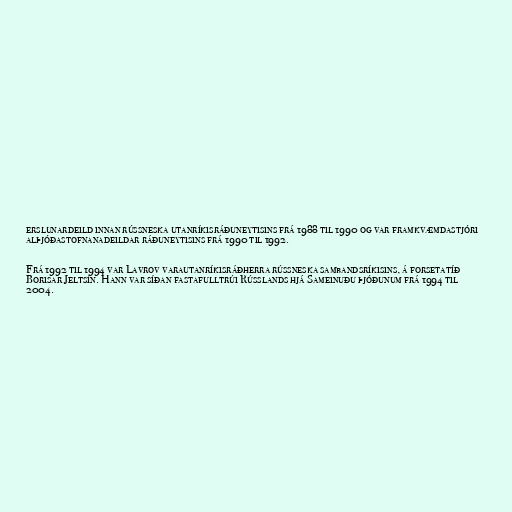
erslunardeild innan rússneska utanríkisráðuneytisins frá 1988 til 1990 og var framkvæmdastjóri
alþjóðastofnanadeildar ráðuneytisins frá 1990 til 1992.

Frá 1992 til 1994 var Lavrov varautanríkisráðherra rússneska sambandsríkisins, á forsetatíð
Borisar Jeltsín. Hann var síðan fastafulltrúi Rússlands hjá Sameinuðu þjóðunum frá 1994 til
2004.